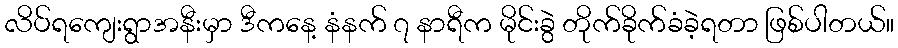
လိပ်ရကျေးရွာအနီးမှာ ဒီကနေ့ နံနက် ၇ နာရီက မိုင်းခွဲ တိုက်ခိုက်ခံခဲ့ရတာ ဖြစ်ပါတယ်။